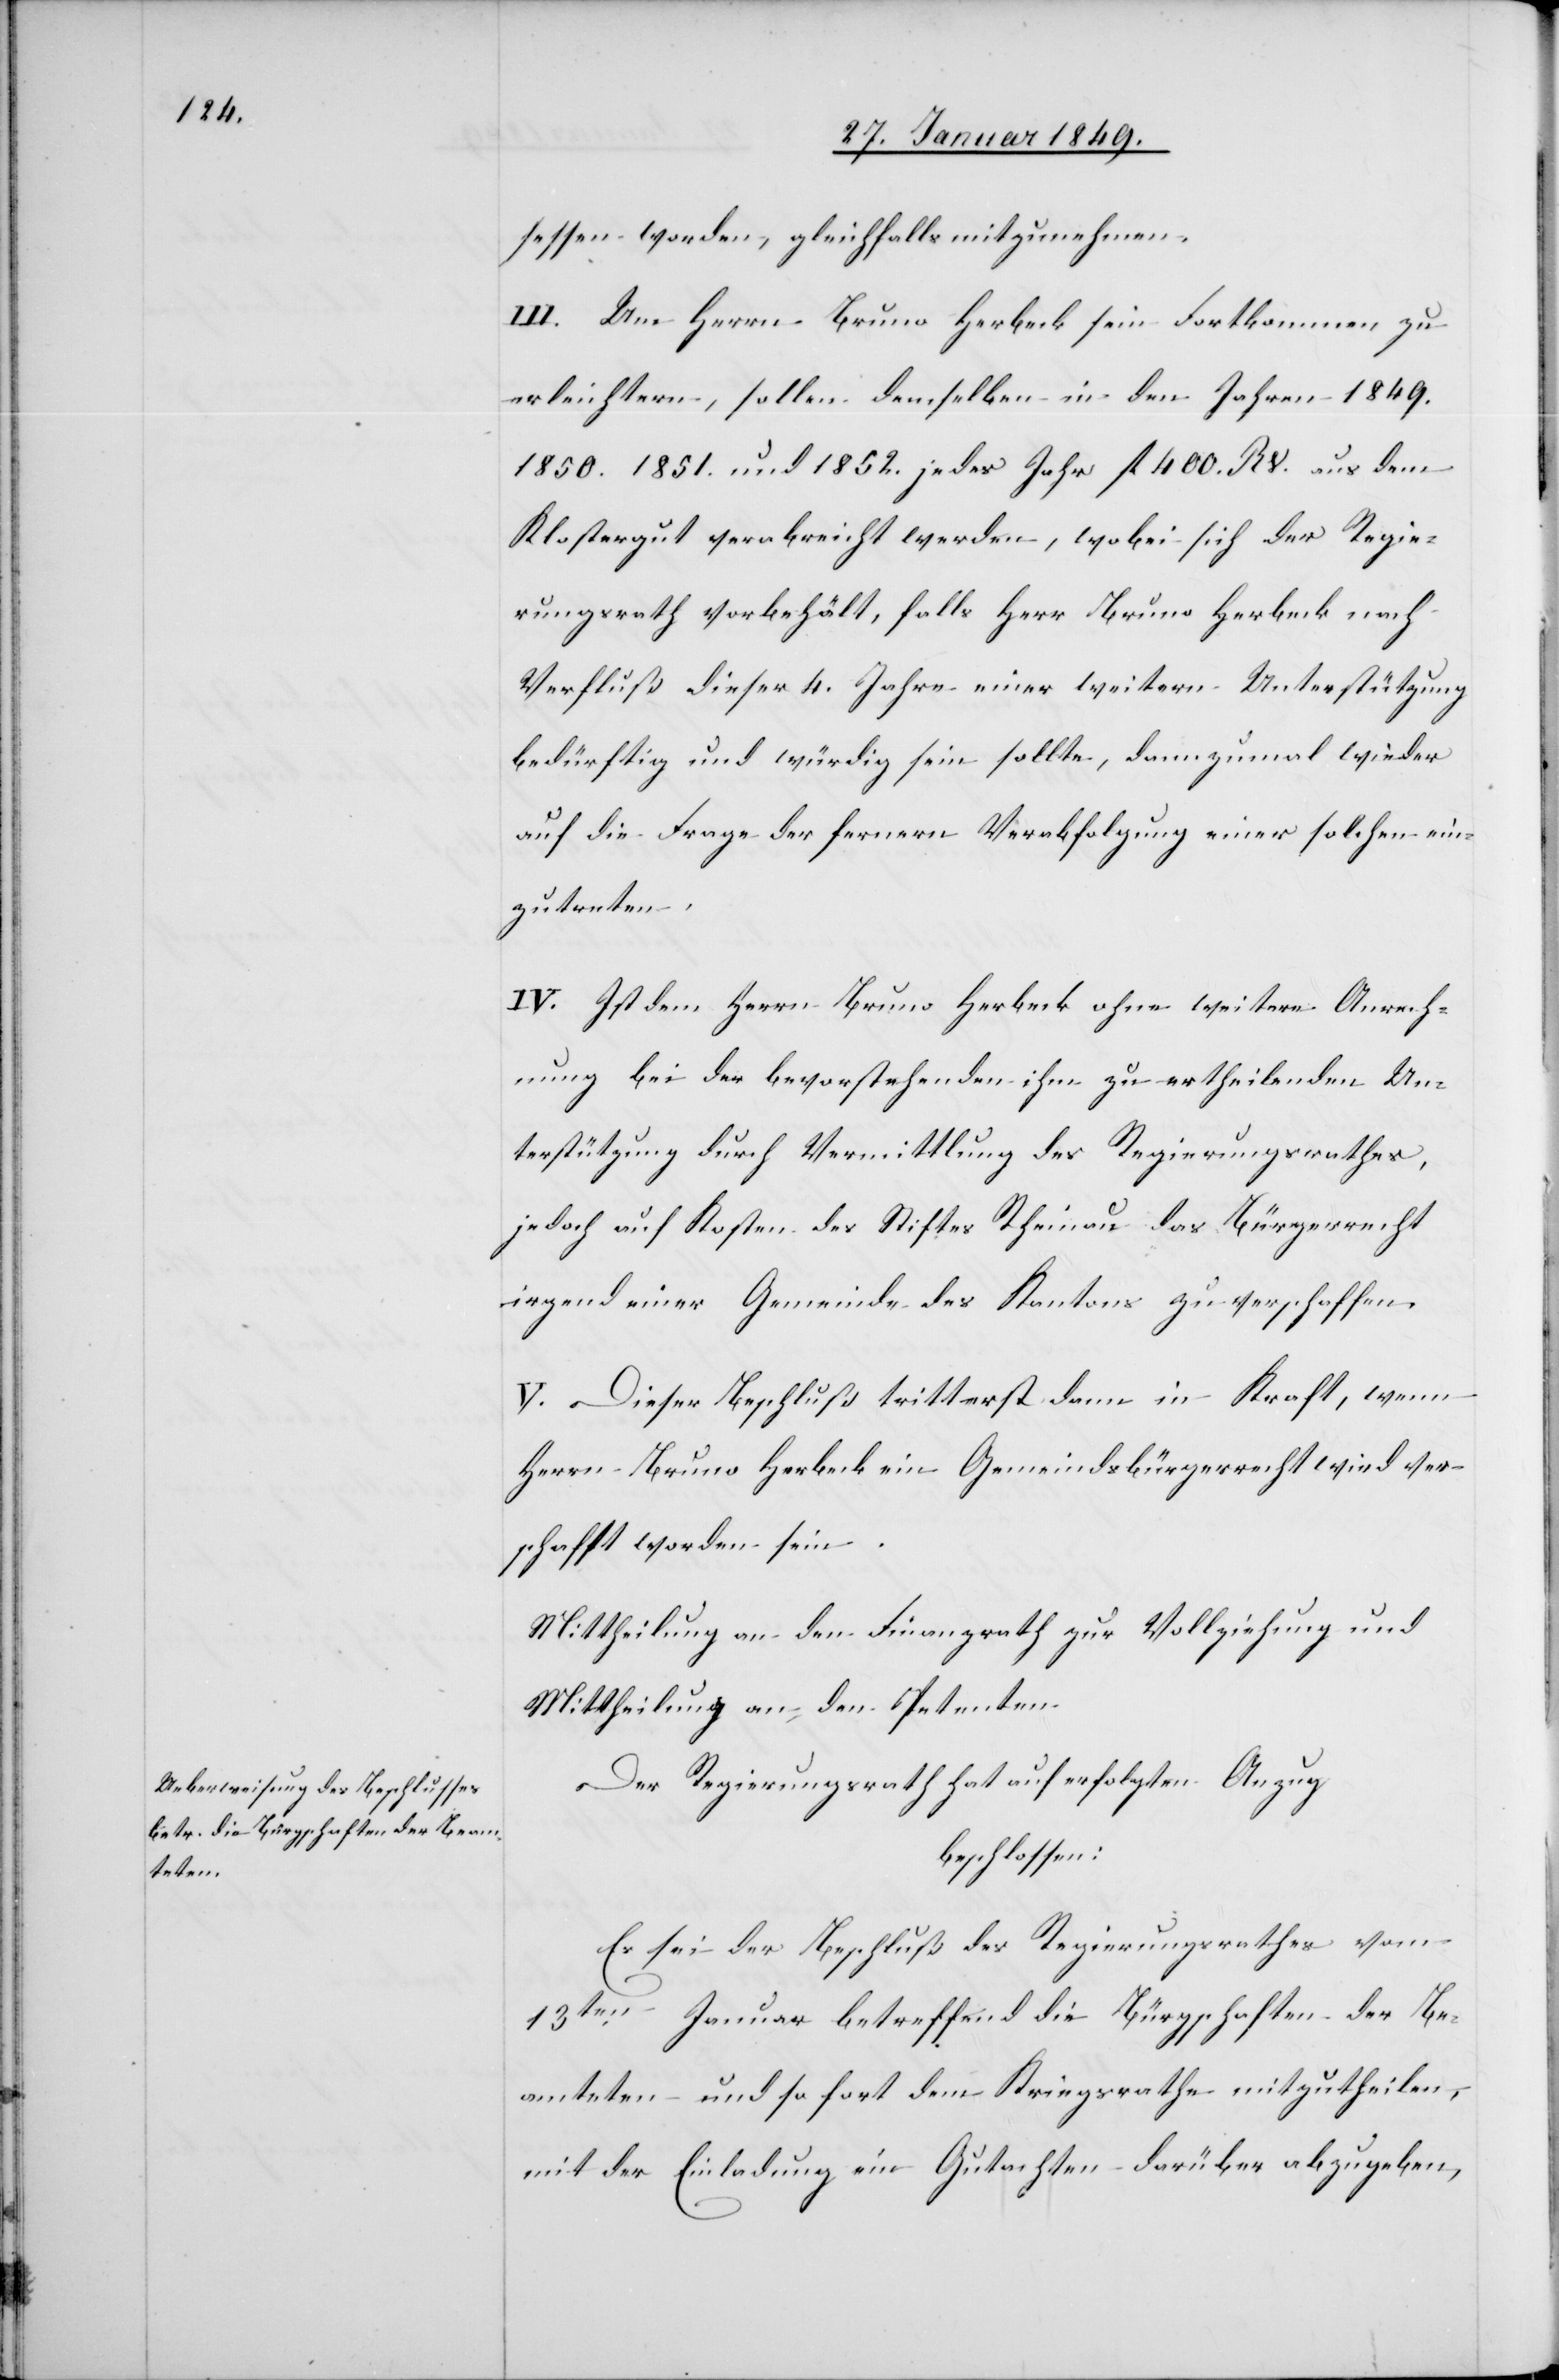
sessen worden, gleichfalls mitzunehmen.
III. Um Herrn Bruno Herbeck sein Fortkommen zu
erleichtern, sollen demselben in den Jahren 1849.
1850. 1851. und 1852. jedes Jahr fl. 400. RV. aus dem
Klostergut verabreicht werden, wobei sich der Regie¬
rungsrath vorbehält, falls Herr Bruno Herbeck nach
Verfluß dieser 4. Jahre einer weitern Unterstützung
bedürftig und würdig sein sollte, dannzumal wieder
auf die Frage der fernern Verabfolgung einer solchen ein¬
zutreten.
IV. Ist dem Herrn Bruno Herbeck ohne weitere Anrech¬
nung bei der bevorstehenden ihm zu ertheilenden Un¬
terstützung durch Vermittlung des Regierungsrathes,
jedoch auf Kosten des Stiftes Rheinau das Bürgerrecht
irgend einer Gemeinde des Kantons zu verschaffen.
V. Dieser Beschluß tritt erst dann in Kraft, wenn
Herrn Bruno Herbeck ein Gemeindsbürgerrecht wird ver¬
schafft worden sein.
Mittheilung an den Finanzrath zur Vollziehung und
Mittheilung an den Petenten.
Der Regierungsrath hat auf erfolgten Anzug
beschlossen:
Es sei der Beschluß des Regierungsrathes vom
13ten. Januar betreffend die Bürgschaften der Be¬
amteten und so fort dem Kriegsrathe mitzutheilen,
mit der Einladung ein Gutachten darüber abzugeben,